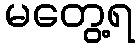
မတွေ့ရ